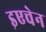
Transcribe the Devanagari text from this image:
इएचेन